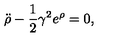
{ \ddot { \rho } } - { \frac { 1 } { 2 } } \gamma ^ { 2 } e ^ { \rho } = 0 ,